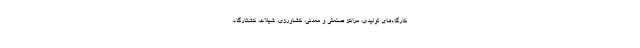
کارگاه‌های تولیدی، مراکز صنعتی و معدنی، کشاورزی، شیلات، کشتارگاه،